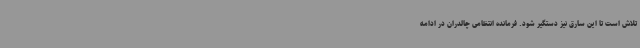
تلاش است تا این سارق نیز دستگیر شود. فرمانده انتظامی چالدران در ادامه